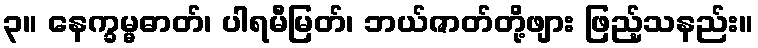
၃။ နေက္ခမ္မဓာတ်၊ ပါရမီမြတ်၊ ဘယ်ဇာတ်တို့ဖျား ဖြည့်သနည်း။